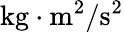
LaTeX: \mathrm{kg\cdot m^{2}/s^{2}}